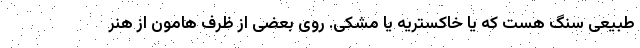
طبیعی سنگ هست که یا خاکستریه یا مشکی. روی بعضی از ظرف هامون از هنر